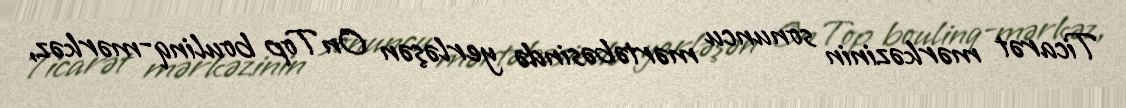
Ticarət mərkəzinin sonuncu mərtəbəsində yerləşən OnTop boulinq-mərkəz,